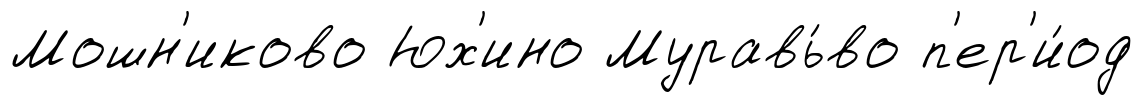
Мошн'иково Юх'ино Муравь́во п'ер'и́од